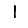
Digit: 1